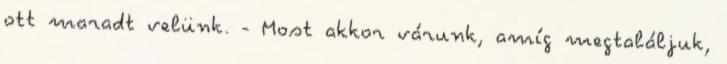
ott maradt velünk. - Most akkor várunk, amíg megtaláljuk,